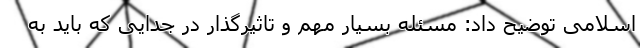
اسلامی توضیح داد: مسئله بسیار مهم و تاثیرگذار در جدایی که باید به